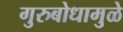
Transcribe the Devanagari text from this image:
गुरुबोधामुळे